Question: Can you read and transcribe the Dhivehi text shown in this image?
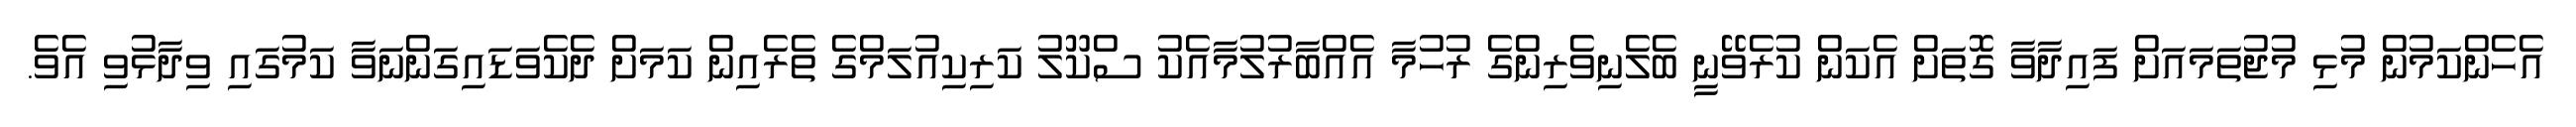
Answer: އެހެންކަމުން މުޅި މުޖުތަމައަށް ފައިދާވާ ގޮތަށް އެކަން ކުރެވޭނީ ބެލެނިވެރިންގެ ރުހުމާ އެއްބާރުލުމާއެކު ސްކޫލު ކަރިކިއުލަމްގެ ތެރެއިން ކަމަށް ދެކެވަޑައިގަންނަވާ ކަމުގައި ވިދާޅުވި އެވެ.